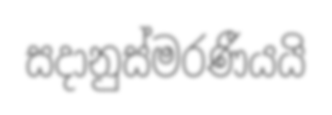
සදානුස්මරණීයයි